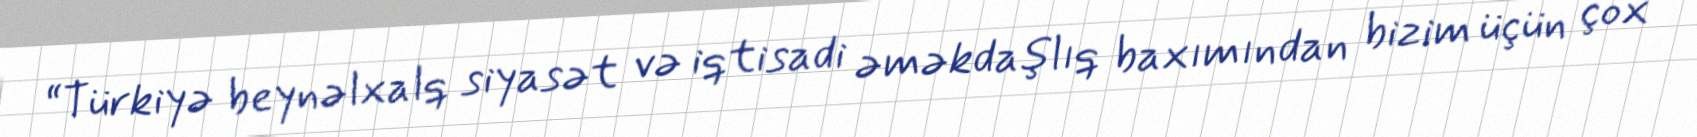
“Türkiyə beynəlxalq siyasət və iqtisadi əməkdaşlıq baxımından bizim üçün çox